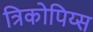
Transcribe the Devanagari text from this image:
त्रिकोपिय्स